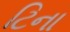
ટિના